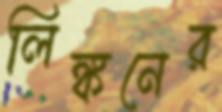
লিঙ্কনের